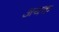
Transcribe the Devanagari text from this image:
अयक